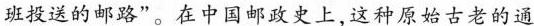
班投送的邮路”。在中国邮政史上，这种原始古老的通